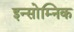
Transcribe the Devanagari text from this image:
इन्सोम्निक